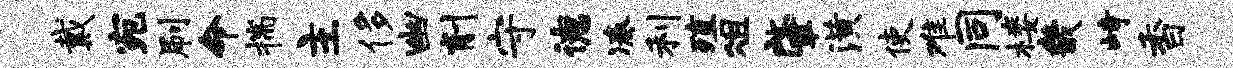
戴宛刷命揣主侈幽削守德凑利殖俎肇潢使难同楼畿峙香